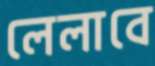
লেলাবে